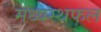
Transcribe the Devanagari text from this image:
मध्यस्थफल